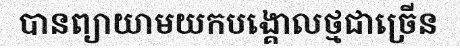
បានព្យាយាមយកបង្គោលថ្មជាច្រើន